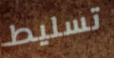
تسليط